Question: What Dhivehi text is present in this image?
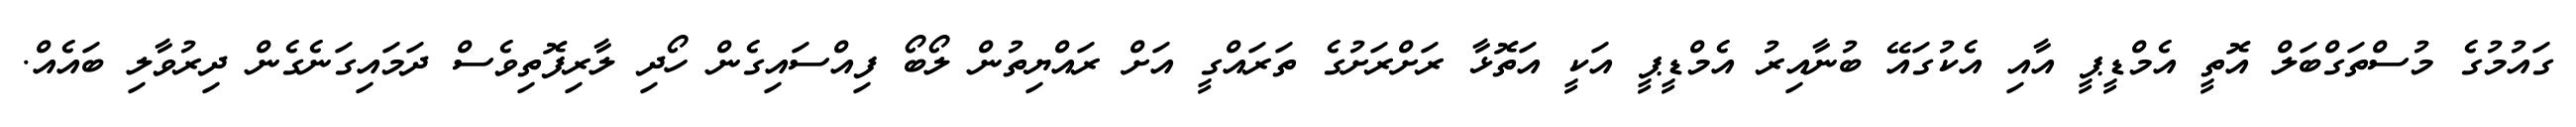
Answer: ގައުމުގެ މުސްތަގްބަލް އޮތީ އެމްޑީޕީ އާއި އެކުގައޭ ބުނާއިރު އެމްޑީޕީ އަކީ އަތޮޅާ ރަށްރަށުގެ ތަރައްގީ އަށް ރައްޔިތުން ލޯބޯ ފިއްސައިގެން ހޯދި ލާރިފޮތިވެސް ދަމައިގަނެގެން ދިރުވާލި ބައެއް.